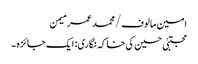
امین مالوف/ محمد عمر میمن
مجتبیٰ حسین کی خاکہ نگاری: ایک جائزہ ۔